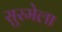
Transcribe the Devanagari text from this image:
सुरमेला